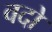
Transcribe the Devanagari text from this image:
वदों